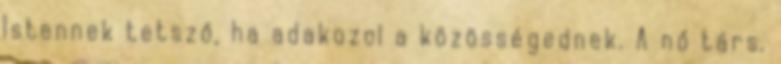
Istennek tetsző, ha adakozol a közösségednek. A nő társ,